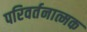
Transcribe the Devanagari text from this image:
परिवर्तनात्मक